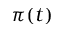
\pi ( t )